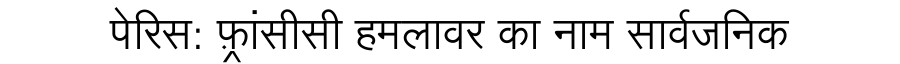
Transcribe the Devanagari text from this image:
पेरिस: फ़्रांसीसी हमलावर का नाम सार्वजनिक